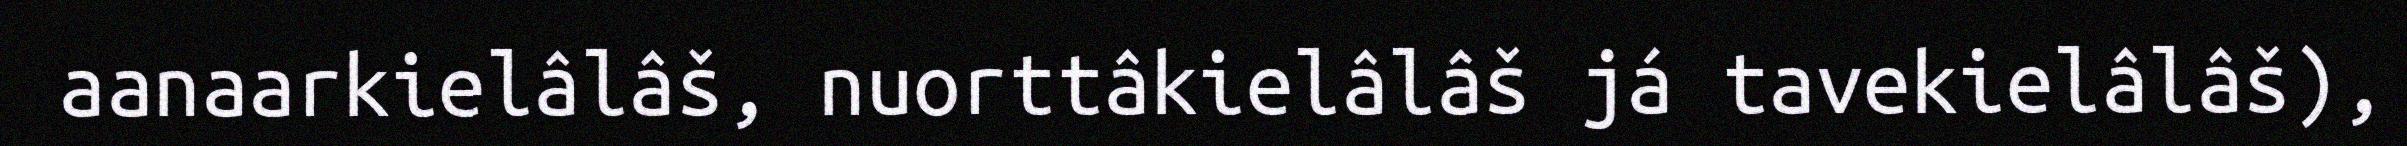
aanaarkielâlâš, nuorttâkielâlâš já tavekielâlâš),